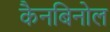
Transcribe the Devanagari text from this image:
कैनबिनोल